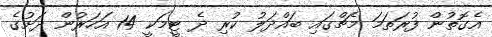
އެގޮތުން ފުރަތަމަ މެޗްގައި ބައްދަލު ކުރި ދެ ޓީމަކީ 14 އަހަރުން ދަށުގެ